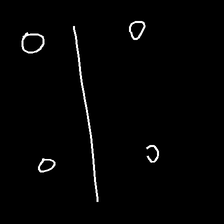
Glyph: cool